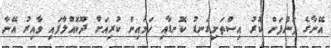
އޭނާގެ ފަންފަން ކުރު އިސްތަށިގަނޑު ކޮނޑާއި ހަމައިން ކުރިއަށް ދޫކޮއްލާފައި ވާއިރު އޭނާ